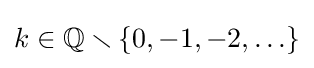
k\in \mathbb {Q} \smallsetminus \{0,-1,-2,\ldots \}